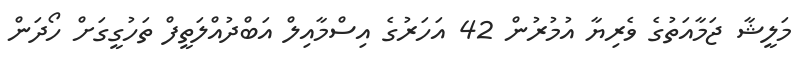
މަލީޝާ ޖަމާއަތުގެ ވެރިޔާ އުމުރުން 42 އަހަރުގެ އިސްމާއިލް އަބްދުއްލަތީފް ތަހުގީގަށް ހޯދަން